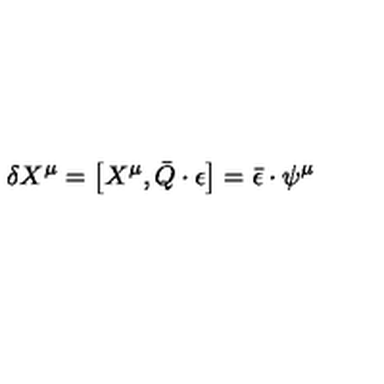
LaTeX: \delta X ^ { \mu } = \left[ X ^ { \mu } , \bar { Q } \cdot \epsilon \right] = \bar { \epsilon } \cdot \psi ^ { \mu }